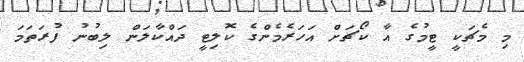
މި މެޗަކީ ޓީމުގެ އާ ކޯޗަށް އަހަރެމެންގެ ކޮލިޓީ ދައްކާލަން ލިބުނު ފުރަތަމަ